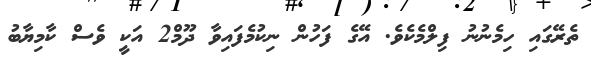
ތެރޭގައި ހިމެނުނު ފިލްމެކެވެ. އޭގެ ފަހުން ނިކުމެފައިވާ ދޫމް2 އަކީ ވެސް ކާމިޔާބު